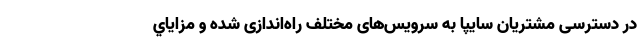
در دسترسی مشتریان سایپا به سرویس‌های مختلف راه‌اندازی شده و مزاياي